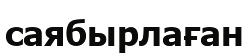
саябырлаған